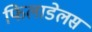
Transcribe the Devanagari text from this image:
फिलाडेलस